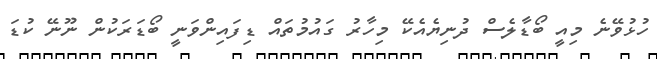
ހުޅުވޭނެ މިއީ ބޯޑާލެސް ދުނިޔެއެކޭ މިހާރު ގައުމުތައް ޑިފައިންވަނީ ބޯޑަރަކުން ނޫނޭ ކުޑަ